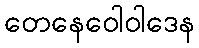
တေနေဝေါဝါဒေန